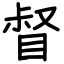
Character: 督